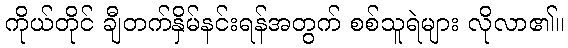
ကိုယ်တိုင် ချီတက်နှိမ်နင်းရန်အတွက် စစ်သူရဲများ လိုလာ၏။